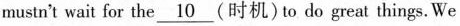
mustn't wait for the \underline{10} (时机) to do great things.We